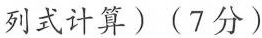
列式计算)(7分)